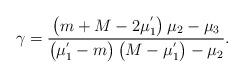
LaTeX: \begin{align*}\gamma =\frac{\left( m+M-2\mu _{1}^{^{\prime }}\right) \mu _{2}-\mu _{3}}{\left( \mu _{1}^{^{\prime }}-m\right) \left( M-\mu _{1}^{^{\prime }}\right)-\mu _{2}}. \end{align*}